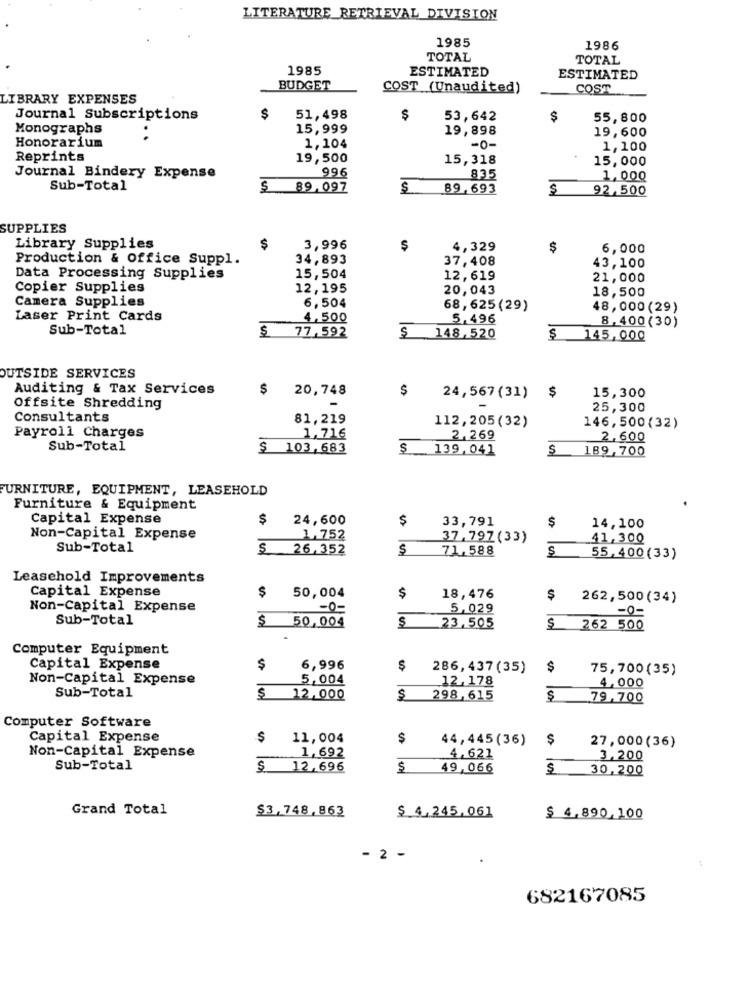
LITERATURE RETRIEVAL DIVISION
1985
1986
TOTAL
TOTAL
1985
ESTIMATED
ESTIMATED
BUDGET
COST (Unaudited)
COST
LIBRARY EXPENSES
Journal Subscriptions
$
51,498
$
53,642
$
55,800
Monographs
15,999
19,898
19,600
Honorarium
-0-
1,104
1,100
Reprints
19,500
15,318
15,000
996
Journal Bindery Expense
835
1,000
Sub-Total
$
89,097
$
89,693
$
92,500
SUPPLIES
Library Supplies
$
3,996
4,329
$
6,000
Production & Office Suppl.
34,893
37,408
43,100
Data Processing Supplies
15,504
12,619
21,000
Copier Supplies
12,195
20,043
18,500
Camera Supplies
6,504
68,625(29)
48,000(29)
Laser Print Cards
4,500
5,496
Sub-Total
$
77,592
8,400(30)
$ 148,520
145,000
OUTSIDE SERVICES
Auditing & Tax Services
$
20,748
$
24,567(31) $
15,300
Offsite Shredding
25,300
Consultants
81,219
112,205(32)
146,500(32)
Payroll Charges
1,716
2.269
2,600
Sub-Total
$ 103.683
139, 041
189,700
FURNITURE, EQUIPMENT, LEASEHOLD
Furniture & Equipment
Capital Expense
$
24,600
$
33,791
$
14,100
Non-Capital Expense
1,752
37.797(33)
41,300
Sub-Total
26,352
$
71,588
S
55,400(33)
Leasehold Improvements
Capital Expense
$
50,004
$
18,476
$
262,500(34)
Non-Capital Expense
-0-
5,029
-0-
Sub-Total
$
50,004
23,505
262 500
Computer Equipment
Capital Expense
$
6,996
$
286, 437 (35)
$
75,700(35)
Non-Capital Expense
5,004
12, 178
Sub-Total
4,000
$ 12,000
$
298,615
79,700
Computer Software
Capital Expense
$
11,004
$
44,445(36)
$
1,692
27,000(36)
Non-Capital Expense
4,621
3,200
Sub-Total
$ 12,696
$ 49,066
$
30,200
Grand Total
$ 4,245.061
$3,748,863
$ 4,890.100
- 2 -
682167085